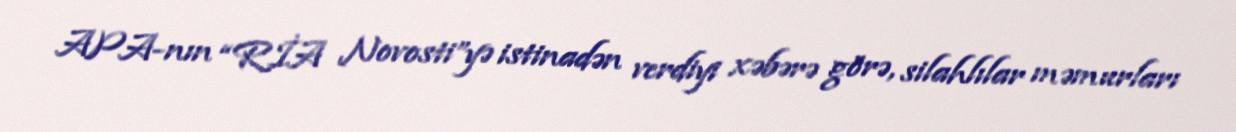
APA-nın “RİA Novosti”yə istinadən verdiyi xəbərə görə, silahlılar məmurları